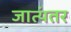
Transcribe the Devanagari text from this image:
जात्यंतर